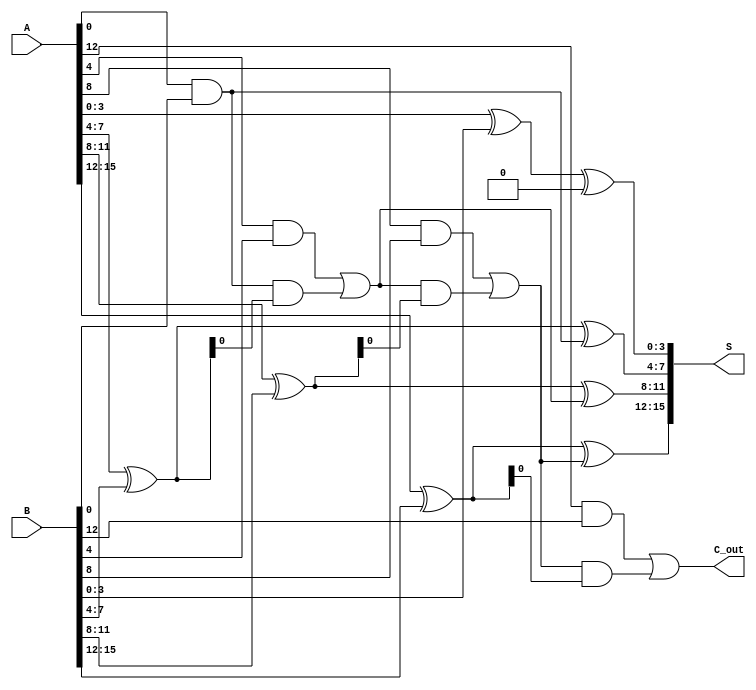
module han_carlson_adder #(parameter N = 16, parameter BLOCK_SIZE = 4) (
    input  [N-1:0] A,
    input  [N-1:0] B,
    output [N-1:0] S,
    output         C_out
);
    localparam NUM_BLOCKS = N / BLOCK_SIZE;

    wire [BLOCK_SIZE-1:0] sum [0:NUM_BLOCKS-1];
    wire [NUM_BLOCKS-1:0] carry_out;
    wire [NUM_BLOCKS:0] carry_in;

    assign carry_in[0] = 1'b0; // Initial carry-in for the first block

    genvar i;
    generate
        for (i = 0; i < NUM_BLOCKS; i = i + 1) begin : block
            wire [BLOCK_SIZE-1:0] A_block = A[i*BLOCK_SIZE +: BLOCK_SIZE];
            wire [BLOCK_SIZE-1:0] B_block = B[i*BLOCK_SIZE +: BLOCK_SIZE];

            // Compute local sums and carries
            assign sum[i] = A_block ^ B_block ^ carry_in[i];

            // Compute carry-out for this block
            wire carry_generate = (A_block & B_block) | (carry_in[i] & (A_block ^ B_block));
            assign carry_out[i] = carry_generate;

            // Assign carry-in for the next block
            assign carry_in[i+1] = carry_out[i];
        end
    endgenerate

    // Concatenate the sum outputs from each block
    generate
        for (i = 0; i < NUM_BLOCKS; i = i + 1) begin : concat_sum
            assign S[i*BLOCK_SIZE +: BLOCK_SIZE] = sum[i];
        end
    endgenerate

    // Final carry-out
    assign C_out = carry_out[NUM_BLOCKS-1];

endmodule